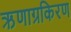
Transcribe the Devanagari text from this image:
ऋणाग्रकिरण